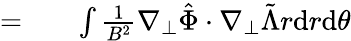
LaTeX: \begin{array}{rlr}{=}&{{}}&{\int\frac{1}{B^{2}}\nabla_{\perp}\hat{\Phi}\cdot\nabla_{\perp}\tilde{\Lambda}r\mathrm{d}r\mathrm{d}\theta}\end{array}